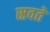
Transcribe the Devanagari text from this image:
स्रवते